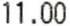
11.00